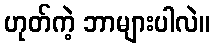
ဟုတ်ကဲ့ ဘာများပါလဲ။